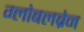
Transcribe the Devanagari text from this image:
ग्लोबलब्रेन